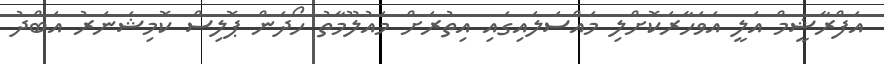
އަފްރާޝީމް އަލީ އަވަހާރަކޮށްލި މައްސަލައިގައި އިތުރަށް މައުލޫމާތު ހޯދަން ޕޮލިސް ކޮމިޝަނަރު އަބްދު